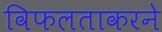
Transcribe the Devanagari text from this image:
विफलताकरने